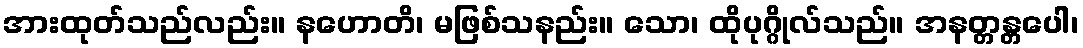
အားထုတ်သည်လည်း။ နဟောတိ၊ မဖြစ်သနည်း။ သော၊ ထိုပုဂ္ဂိုလ်သည်။ အနတ္တန္တပေါ၊